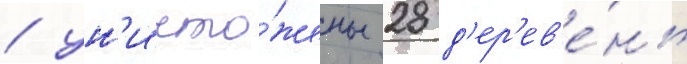
/ ун'ичто́жены 28 д'ер'ев'е́нь